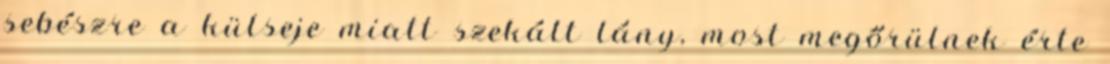
sebészre a külseje miatt szekált lány, most megőrülnek érte